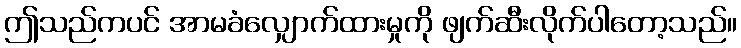
ဤသည်ကပင် အာမခံလျှောက်ထားမှုကို ဖျက်ဆီးလိုက်ပါတော့သည်။